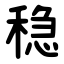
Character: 稳